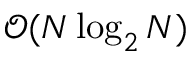
\mathcal { O } ( N \log _ { 2 } N )